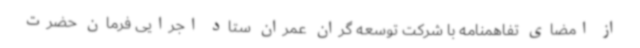
از امضای تفاهمنامه با شرکت توسعه گران عمران ستاد اجرایی فرمان حضرت